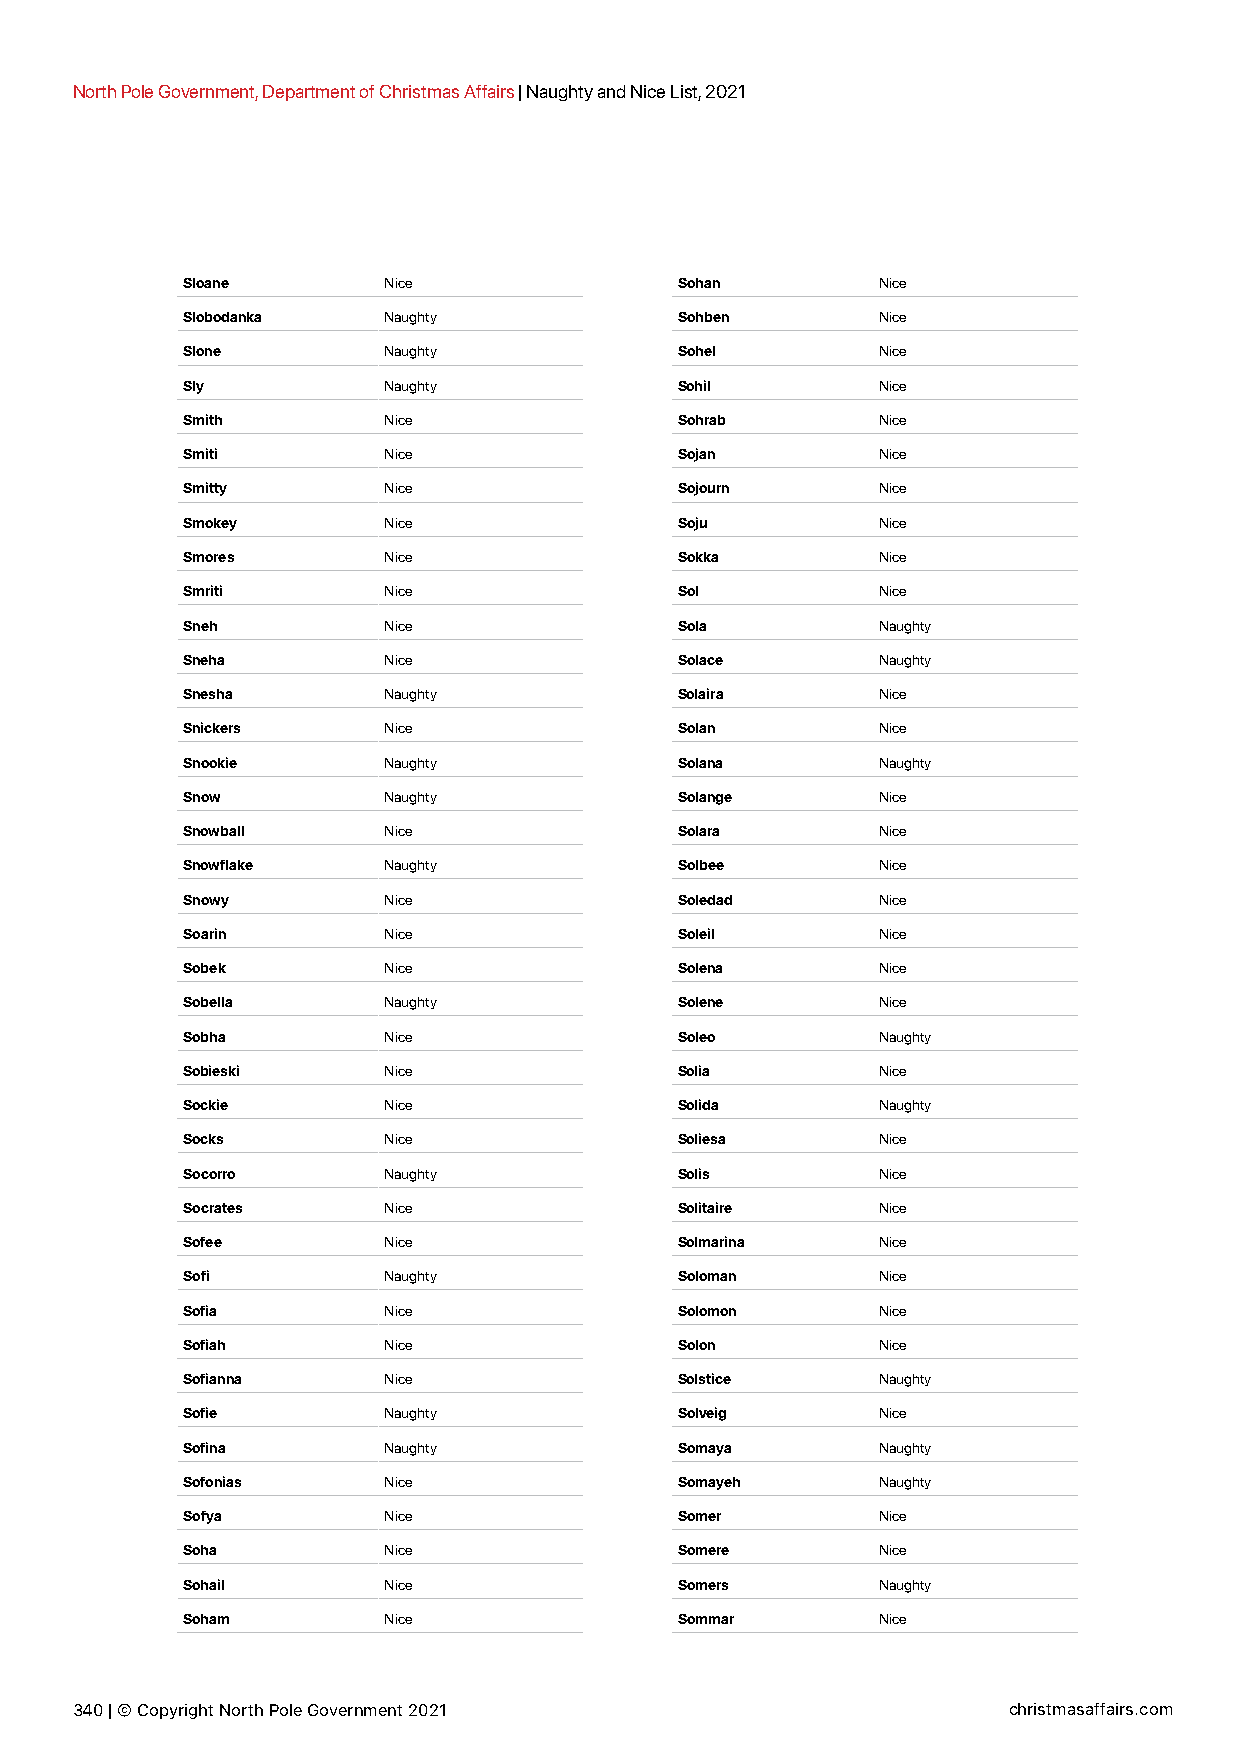
North Pole Government, Department of Christmas Affairs | Naughty and Nice List, 2021
 Sloane       Nice                Sohan        Nice
 Slobodanka   Naughty             Sohben       Nice
 Slone        Naughty             Sohel        Nice
 Sly          Naughty             Sohil        Nice
 Smith        Nice                Sohrab       Nice
 Smiti        Nice                Sojan        Nice
 Smitty       Nice                Sojourn      Nice
 Smokey       Nice                Soju         Nice
 Smores       Nice                Sokka        Nice
 Smriti       Nice                Sol          Nice
 Sneh         Nice                Sola         Naughty
 Sneha        Nice                Solace       Naughty
 Snesha       Naughty             Solaira      Nice
 Snickers     Nice                Solan        Nice
 Snookie      Naughty             Solana       Naughty
 Snow         Naughty             Solange      Nice
 Snowball     Nice                Solara       Nice
 Snowflake    Naughty             Solbee       Nice
 Snowy        Nice                Soledad      Nice
 Soarin       Nice                Soleil       Nice
 Sobek        Nice                Solena       Nice
 Sobella      Naughty             Solene       Nice
 Sobha        Nice                Soleo        Naughty
 Sobieski     Nice                Solia        Nice
 Sockie       Nice                Solida       Naughty
 Socks        Nice                Soliesa      Nice
 Socorro      Naughty             Solis        Nice
 Socrates     Nice                Solitaire    Nice
 Sofee        Nice                Solmarina    Nice
 Sofi         Naughty             Soloman      Nice
 Sofia        Nice                Solomon      Nice
 Sofiah       Nice                Solon        Nice
 Sofianna     Nice                Solstice     Naughty
 Sofie        Naughty             Solveig      Nice
 Sofina       Naughty             Somaya       Naughty
 Sofonias     Nice                Somayeh      Naughty
 Sofya        Nice                Somer        Nice
 Soha         Nice                Somere       Nice
 Sohail       Nice                Somers       Naughty
 Soham        Nice                Sommar       Nice
 340 | © Copyright North Pole Government 2021                  christmasaffairs.com